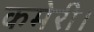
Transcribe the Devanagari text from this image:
कमेरी।